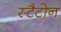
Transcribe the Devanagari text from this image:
स्टैटोन